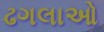
ઢગલાઓ